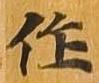
作